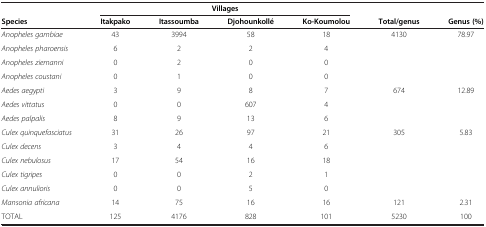
|  | <COLSPAN=4> Villages |  |  |
 | Species | Itakpako | Itassoumba | Djohounkollé | Ko-Koumolou | Total/genus | Genus (%) |
 | --- | --- | --- | --- | --- | --- | --- |
 | Anopheles gambiae | 43 | 3994 | 58 | 18 | <ROWSPAN=4> 4130 | <ROWSPAN=4> 78.97 |
 | Anopheles pharoensis | 6 | 2 | 2 | 4 |
 | Anopheles ziemanni | 0 | 2 | 0 | 0 |
 | Anopheles coustani | 0 | 1 | 0 | 0 |
 | Aedes aegypti | 3 | 9 | 8 | 7 | <ROWSPAN=3> 674 | <ROWSPAN=3> 12.89 |
 | Aedes vittatus | 0 | 0 | 607 | 4 |
 | Aedes palpalis | 8 | 9 | 13 | 6 |
 | Culex quinquefasciatus | 31 | 26 | 97 | 21 | <ROWSPAN=5> 305 | <ROWSPAN=5> 5.83 |
 | Culex decens | 3 | 4 | 4 | 6 |
 | Culex nebulosus | 17 | 54 | 16 | 18 |
 | Culex tigripes | 0 | 0 | 2 | 1 |
 | Culex annulioris | 0 | 0 | 5 | 0 |
 | Mansonia africana | 14 | 75 | 16 | 16 | 121 | 2.31 |
 | TOTAL | 125 | 4176 | 828 | 101 | 5230 | 100 |